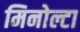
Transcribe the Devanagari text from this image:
मिनोल्टा